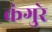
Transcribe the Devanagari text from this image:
कंगुरे